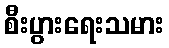
စီးပွားရေးသမား